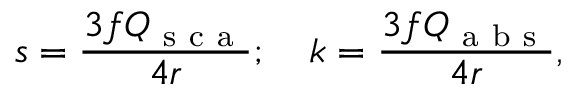
s = \frac { 3 f Q _ { \mathrm { ~ s ~ c ~ a ~ } } } { 4 r } ; \, \, \, \, \, \, k = \frac { 3 f Q _ { \mathrm { ~ a ~ b ~ s ~ } } } { 4 r } ,